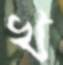
খ